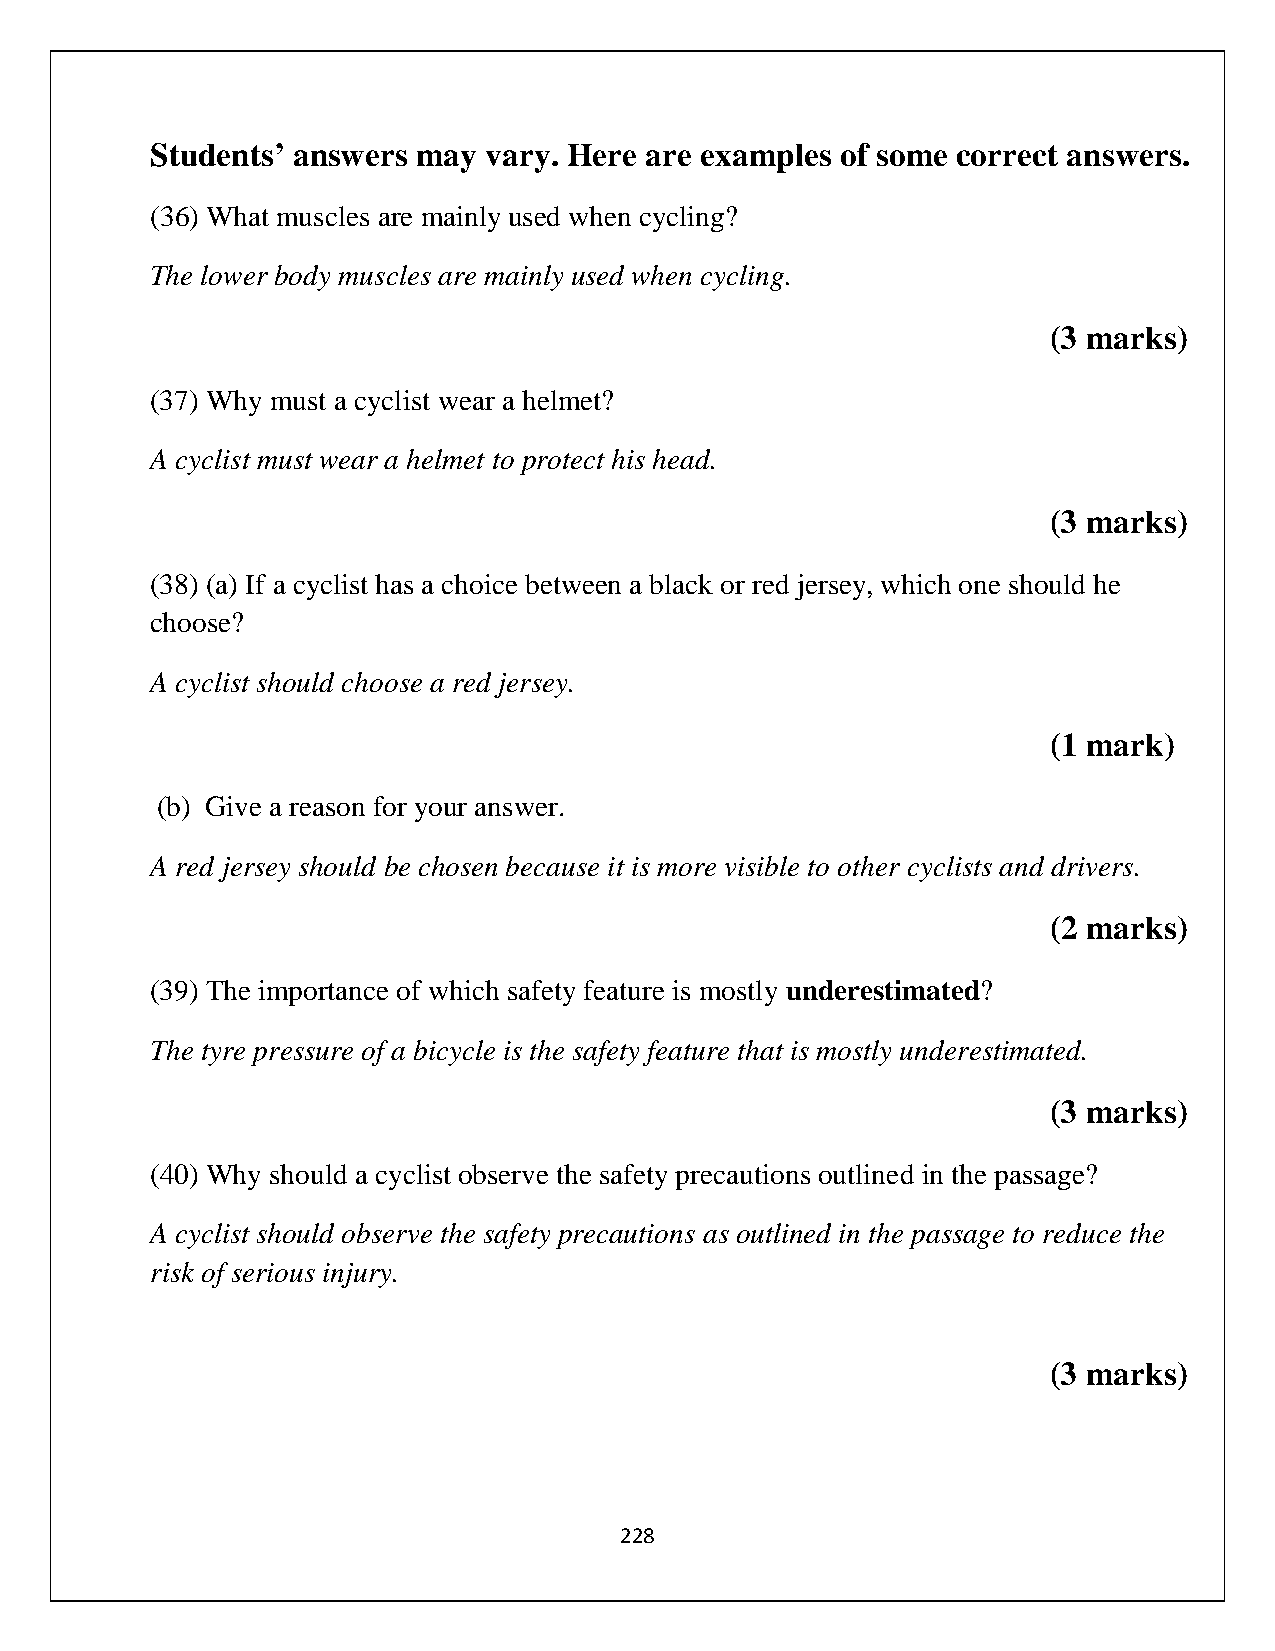
Students’ answers may vary. Here are examples of some correct answers.
 (36) What muscles are mainly used when cycling?
 The lower body muscles are mainly used when cycling.
 (3 marks)
 (37) Why must a cyclist wear a helmet?
 A cyclist must wear a helmet to protect his head.
 (3 marks)
 (38) (a) If a cyclist has a choice between a black or red jersey, which one should he
 choose?
 A cyclist should choose a red jersey.
 (1 mark)
 (b) Give a reason for your answer.
 A red jersey should be chosen because it is more visible to other cyclists and drivers.
 (2 marks)
 (39) The importance of which safety feature is mostly underestimated?
 The tyre pressure of a bicycle is the safety feature that is mostly underestimated.
 (3 marks)
 (40) Why should a cyclist observe the safety precautions outlined in the passage?
 A cyclist should observe the safety precautions as outlined in the passage to reduce the
 risk of serious injury.
 (3 marks)
 228